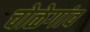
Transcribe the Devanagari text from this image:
चोळेगांव